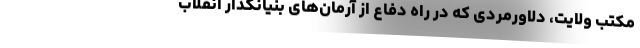
مکتب ولایت، دلاورمردی که در راه دفاع از آرمان‌های بنیانگذار انقلاب